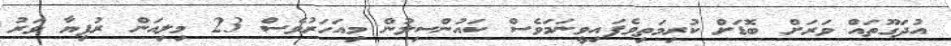
އުދަގޫތައް ވަރަށް ބޮޑަށް ކުރިމަތިވެފައިވީނަމަވެސް ކައުންސިލުން މިއަހަރުވެސް 23 މިލިއަން ރުފިޔާ ވަރު